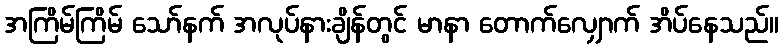
အကြိမ်ကြိမ် သော်နက် အလုပ်နားချိန်တွင် မာနာ တောက်လျှောက် အိပ်နေသည်။